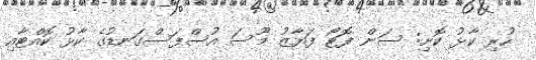
ހުރި ކާޅު ކޮށި: ސަން ފޮޓޯ ފަޔާޒު މޫސަ އުސްފަސްގަނޑުގެ ކާޅު ކޮއްޓާއި